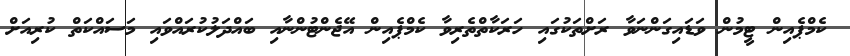
ކެމްޕެއިން ޓީމުން ވަޑައިގަންނަވާ ރަށްތަކުގައި ހަރަކާތްތެރިވާ ކެމްޕެއިން އޭޖެންޓުންނާއި ބައްދަލުކުރައްވައި މަސައްކަތް ކުރިއަށް